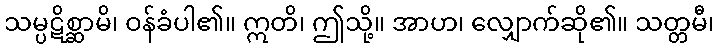
သမ္ပဋိစ္ဆာမိ၊ ဝန်ခံပါ၏။ ဣတိ၊ ဤသို့။ အာဟ၊ လျှောက်ဆို၏။ သတ္တမီ၊